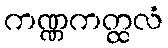
ကဏ္ဏကတ္ထလံ